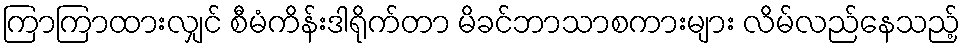
ကြာကြာထားလျှင် စီမံကိန်းဒါရိုက်တာ မိခင်ဘာသာစကားများ လိမ်လည်နေသည့်